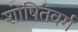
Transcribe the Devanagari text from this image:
शोषितवर्ग